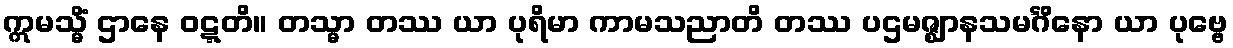
ဣမသ္မိံ ဌာနေ ဝဋ္ဋတိ။ တသ္မာ တဿ ယာ ပုရိမာ ကာမသညာတိ တဿ ပဌမဇ္ဈာနသမင်္ဂိနော ယာ ပုဗ္ဗေ